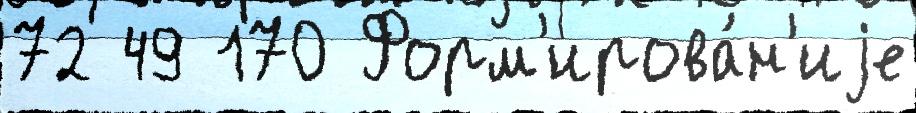
72 49 170 Форм'ирова́н'иjе